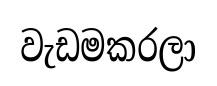
වැඩමකරලා